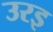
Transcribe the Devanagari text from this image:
उरइ